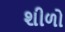
શીળો